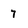
Character: 7